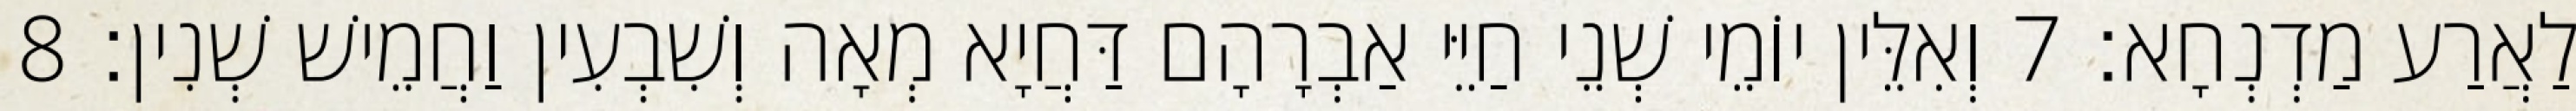
לַאֲרַע מַדְנְחָא׃ 7 וְאִלֵּין יוֹמֵי שְׁנֵי חַיֵּי אַבְרָהָם דַּחֲיָא מְאָה וְשִׁבְעִין וַחֲמֵישׁ שְׁנִין׃ 8